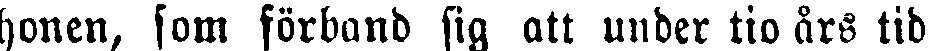
honen, som förband sig att under tio års tid